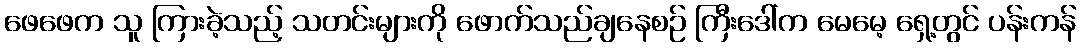
ဖေဖေက သူ ကြားခဲ့သည့် သတင်းများကို ဖောက်သည်ချနေစဉ် ကြီးဒေါ်က မေမေ့ ရှေ့တွင် ပန်းကန်